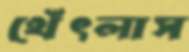
থেঁৎলাস